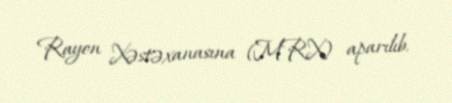
Rayon Xəstəxanasına (MRX) aparılıb.